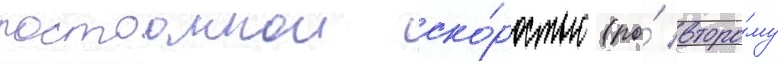
постоаннои ско́ростью (по́ второ́му